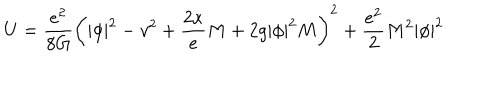
U = \frac { e ^ { 2 } } { 8 G } \left( | \phi | ^ { 2 } - v ^ { 2 } + \frac { 2 \kappa } e M + 2 g | \phi | ^ { 2 } M \right) ^ { 2 } + \frac { e ^ { 2 } } 2 M ^ { 2 } | \phi | ^ { 2 }